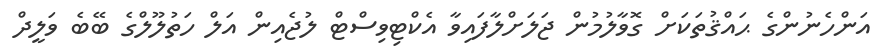
އަންހެނުންގެ ޙައްޤުތަކަށް ގޮވާލުމުން ޖަލަށްލާފައިވާ އެކްޓިވިސްޓް ލުޖެއިން އަލް ހަތުލޫލްގެ ބޭބެ ވަލީދް